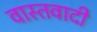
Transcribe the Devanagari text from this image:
वास्तवादी